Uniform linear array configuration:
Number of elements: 32
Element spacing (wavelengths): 0.25
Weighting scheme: kaiser
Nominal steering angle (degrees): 30
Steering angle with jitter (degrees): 29.832
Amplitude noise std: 0.05
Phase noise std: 0.05

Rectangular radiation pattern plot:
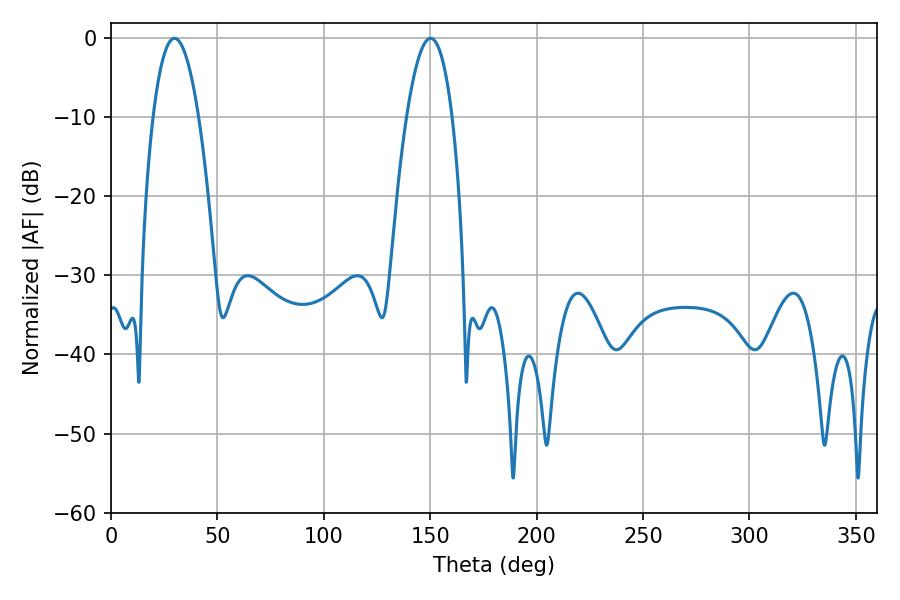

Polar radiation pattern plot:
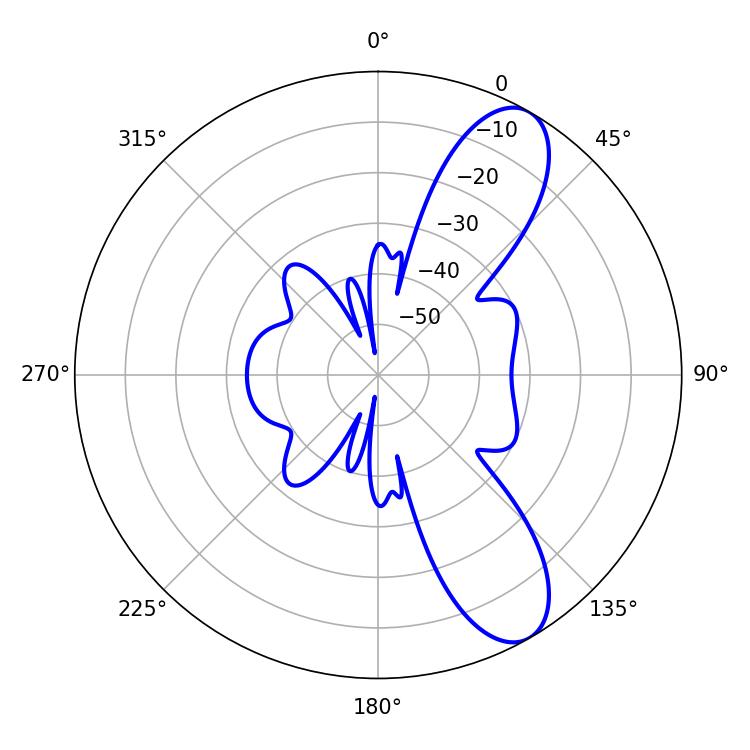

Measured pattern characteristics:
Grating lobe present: FALSE
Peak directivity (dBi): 9.548
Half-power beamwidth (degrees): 11.88
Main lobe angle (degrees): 29.88